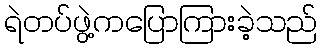
ရဲတပ်ဖွဲ့ကပြောကြားခဲ့သည်